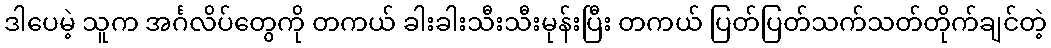
ဒါပေမဲ့ သူက အင်္ဂလိပ်တွေကို တကယ် ခါးခါးသီးသီးမုန်းပြီး တကယ် ပြတ်ပြတ်သက်သတ်တိုက်ချင်တဲ့